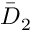
{ \bar { D } _ { 2 } }